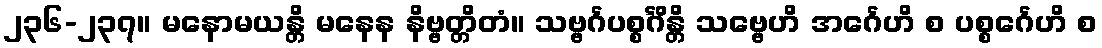
၂၃၆-၂၃၇။ မနောမယန္တိ မနေန နိဗ္ဗတ္တိတံ။ သဗ္ဗင်္ဂပစ္စင်္ဂိန္တိ သဗ္ဗေဟိ အင်္ဂေဟိ စ ပစ္စင်္ဂေဟိ စ